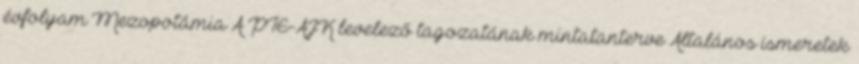
évfolyam Mezopotámia A PTE-ÁJK levelező tagozatának mintatanterve Általános ismeretek